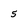
Character: 5